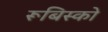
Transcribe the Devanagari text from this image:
रूबिस्को